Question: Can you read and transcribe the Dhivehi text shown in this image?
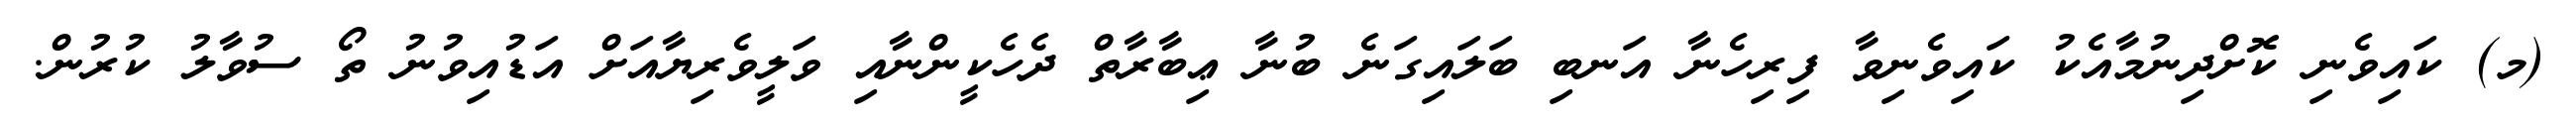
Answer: (މ) ކައިވެނި ކޮށްދިނުމާއެކު ކައިވެނިވާ ފިރިހެނާ އަނބި ބަލައިގަނެ ބުނާ ޢިބާރާތް ދެހެކީންނާއި ވަލީވެރިޔާއަށް އަޑުއިވުނު ތޯ ސުވާލު ކުރުން.